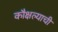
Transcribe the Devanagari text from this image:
कौक्षल्याची